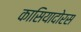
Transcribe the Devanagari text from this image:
कासियादोरस